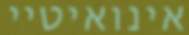
אינואיטיי